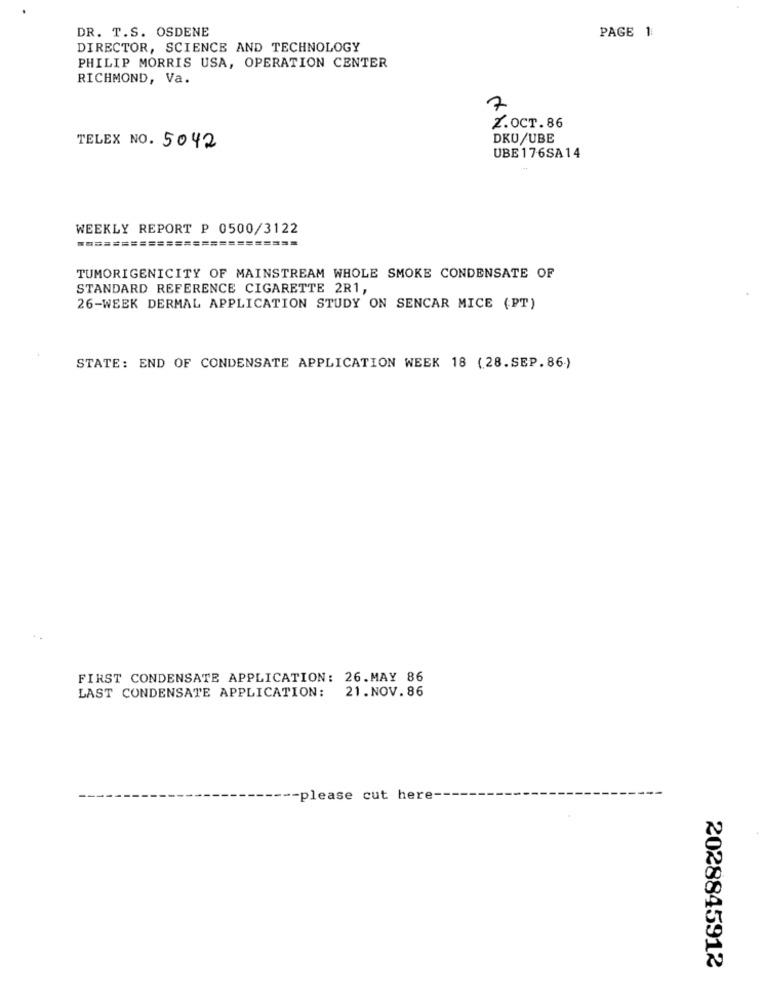
DR. T.S. OSDENE
PAGE 1
DIRECTOR, SCIENCE AND TECHNOLOGY
PHILIP MORRIS USA, OPERATION CENTER
RICHMOND, Va.
7
Z.OCT.86
DKU/UBE
TELEX NO. 5042
UBE176SA14
WEEKLY REPORT P 0500/3122
=========================
TUMORIGENICITY OF MAINSTREAM WHOLE SMOKE CONDENSATE OF
STANDARD REFERENCE CIGARETTE 2R1,
26-WEEK DERMAL APPLICATION STUDY ON SENCAR MICE (PT)
STATE: END OF CONDENSATE APPLICATION WEEK 18 (28.SEP.86.)
FIRST CONDENSATE APPLICATION: 26.MAY 86
LAST CONDENSATE APPLICATION: 21.NOV.86
-please cut here-
2028845912